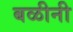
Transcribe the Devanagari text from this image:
बळीनी